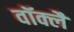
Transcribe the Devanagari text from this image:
वॉक्लैं